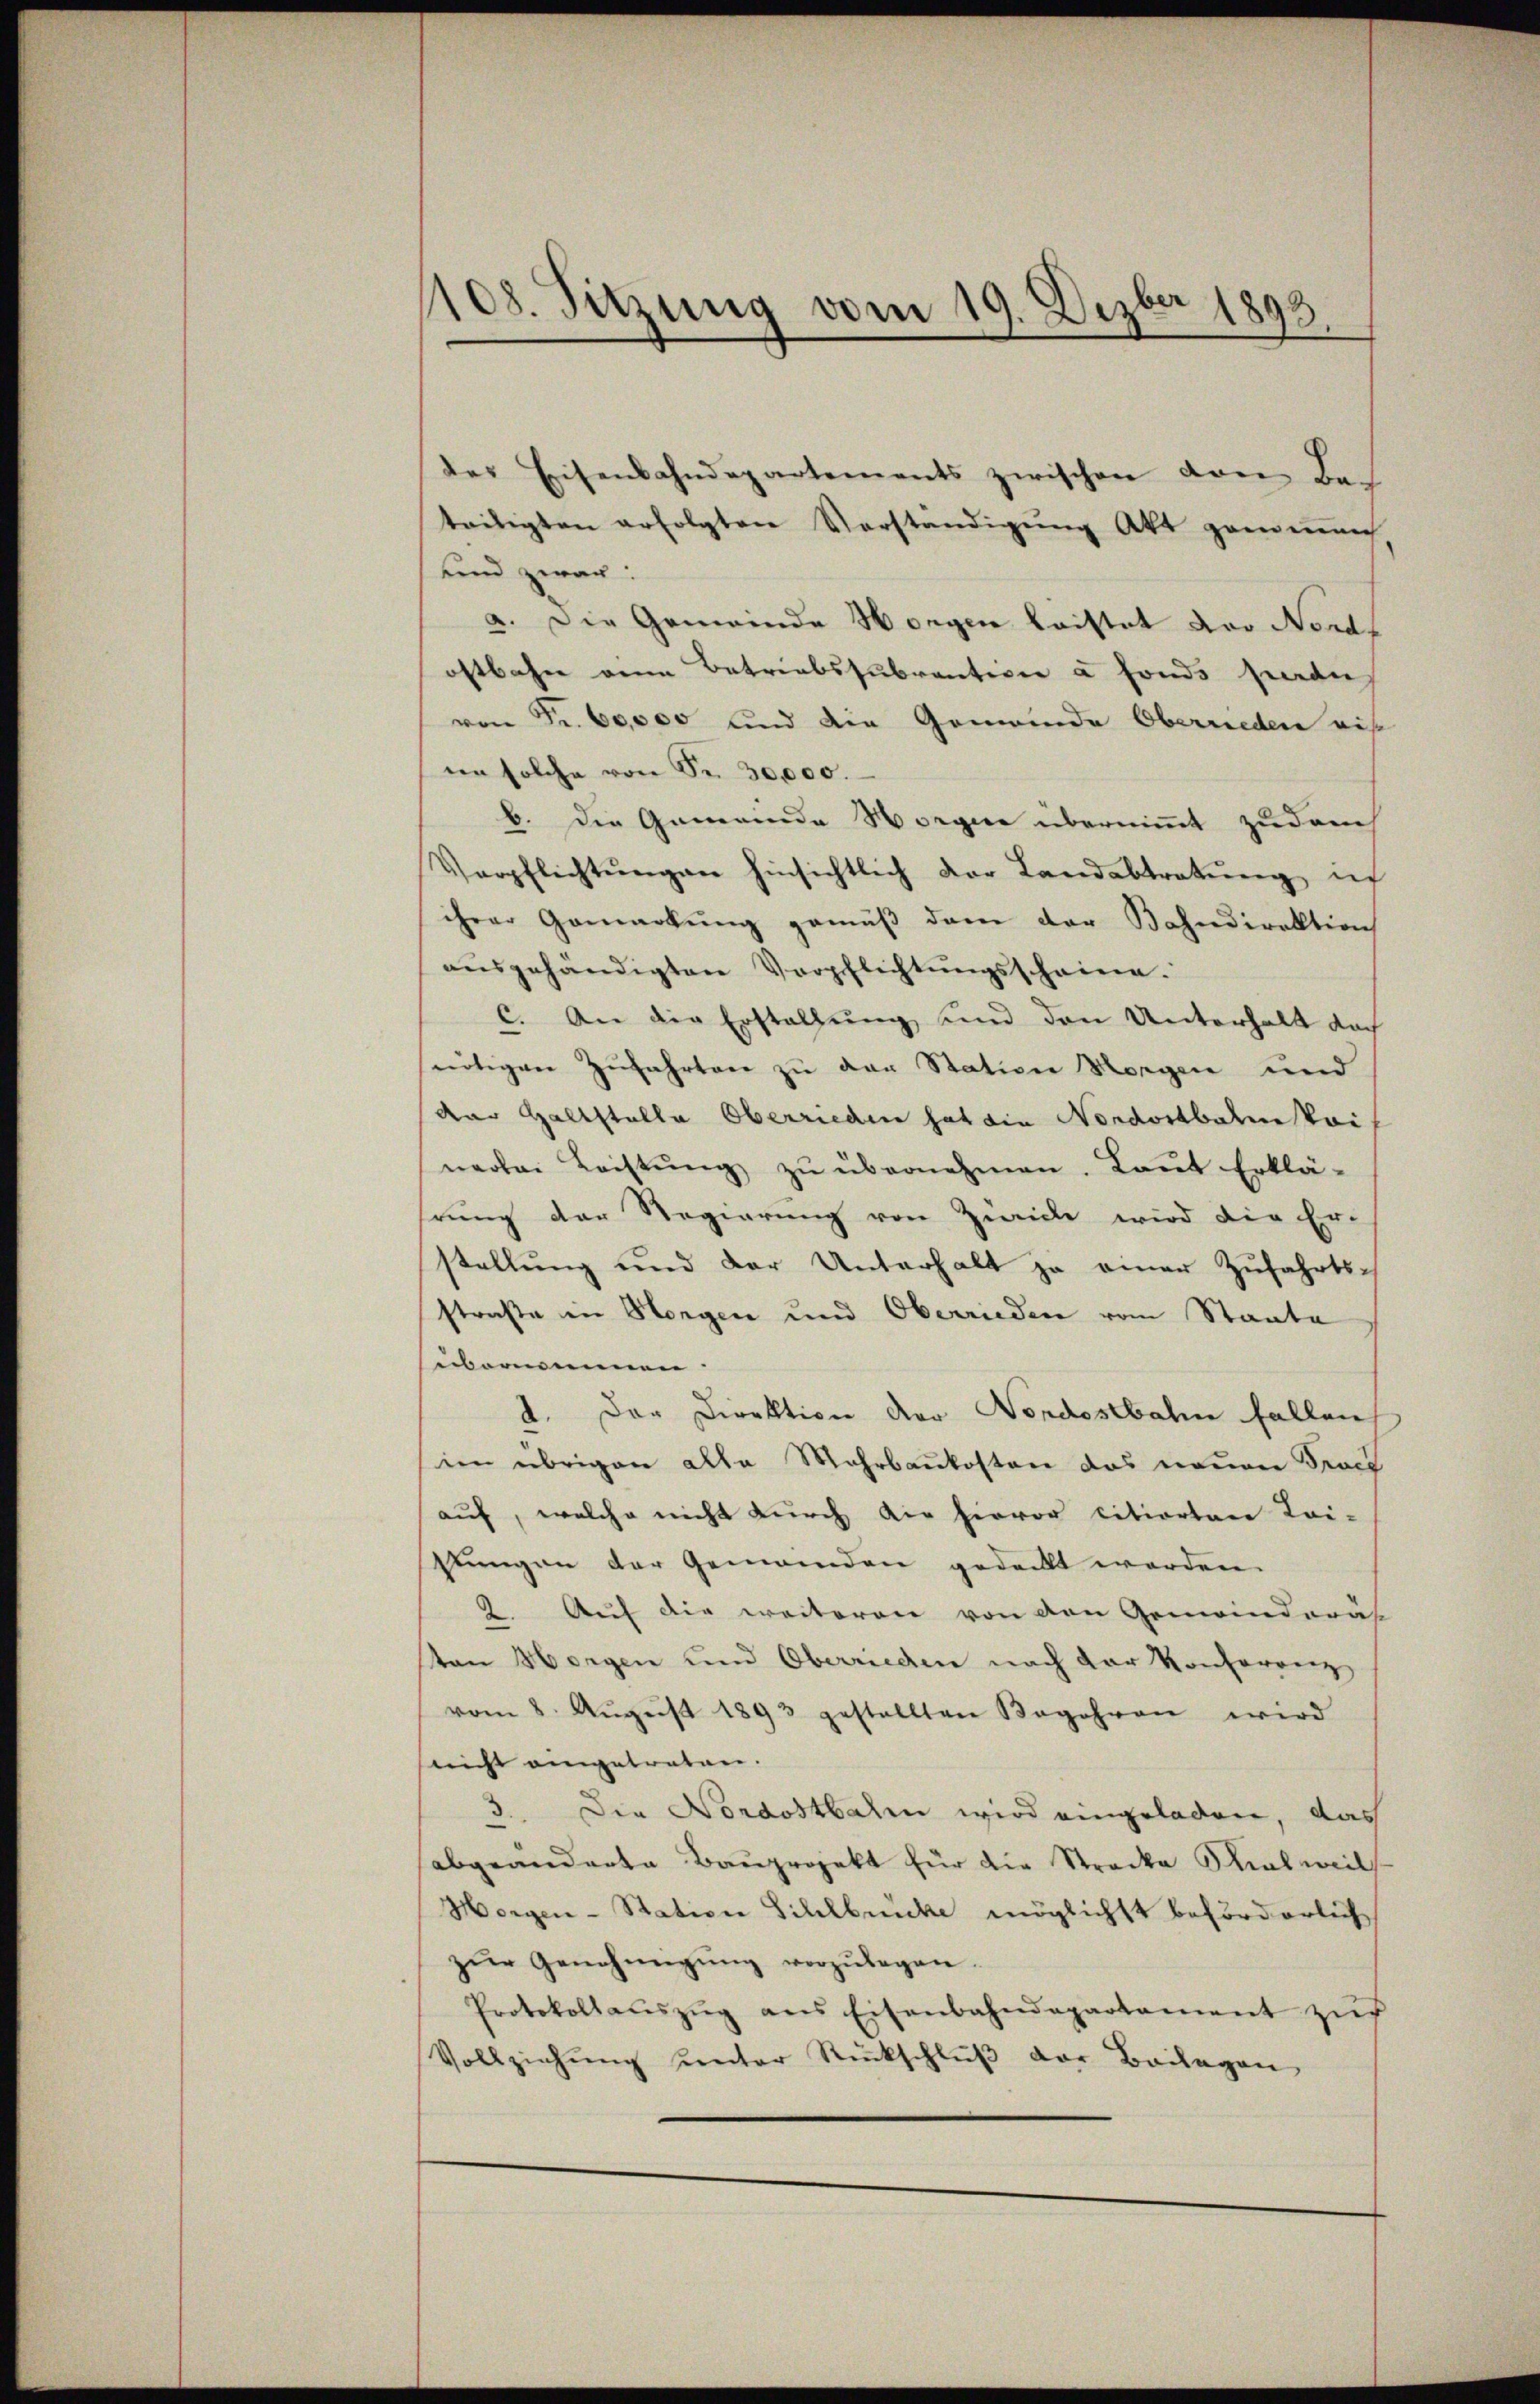
108. Sitzung vom 19. Dezber 1893

der Eisenbahndepartements zwischen von Bac
teiligten erfolgten Verständigung Akt genomen
und zwar:
a. Die Gemeinde Horgen kaistet vor Nords
ostbahn eine Betriebssubvention à fonds hierden
von Fr. 60,000 und die Gemeinde Oberrieden auf
ne solche von Fr. 30,000.
b. Die Gemeinde Horgere übernimmt zudauch
Verpflichtŭngen hinsichtlich der Landabtretŭng ic
ihrer Gemarkung gemäß dem der Bahndirektion
aŭsgehändigten Verpflichtŭngsscheine.
c. An die Erstellung und den Unterhalt doch
nötigen Zŭfahrten zŭ der Station Morgen und
der Haltstelle Oberrieden hat die Nordostbahn kei
narbei Leistŭng zŭ übernehmen. Laut Erklä-
rung der Regierung von Zwicke wird die Er-
stellung und der Unterhalt ja einer Zŭfahrts-
straße in Horgen und Oberrieden vom Staate
übernommen.
d. Der Direktion der Nordostbahn fallen,
im übrigen alle Mahrbaukosten das neuen Proch
auf, welche nicht durch die hievor citierten Lei-
stungen der Gemeinden gedeckt worden.
2. Auf die weiteren von den Gemeinderäs
ton Horgen und Oberrieden nach der Konferenz
vom 8. Aŭgŭst 1843 gestellten Begehren wird
nicht eingetreten.
5. Die Nordostbaren wird eingeladen, das
abgeänderte Bauprojekt für die Strecke Rialweils
Horgen-Station Sihlbrücke möglichst beförderlich
zŭr Genehmigŭng vorzŭlegen
Protokollaŭszŭg ans Eisenbahndepartament zŭr
Vollziehŭng unter Rückschlŭβ der Beilagen